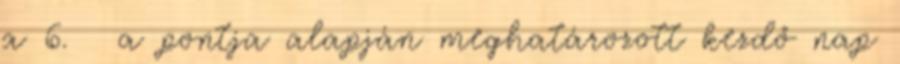
a 6. § a pontja alapján meghatározott kezdő nap